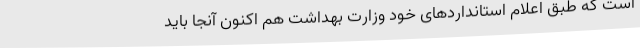
است که طبق اعلام استانداردهای خود وزارت بهداشت هم اکنون آنجا باید